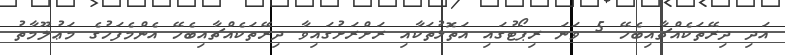
އަދި ދިރޭތަކެއްޗާއިބެހޭ 5 ވަނަ ރިޕޯޓުގައި އަތޮޅުތަކާއި ރަށްރަށުގައިވާ ދިރޭތަކެއްޗާއިބެހޭ އެންމެފަހުގެ މަޢުލޫމާތު